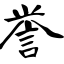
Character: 誉